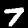
Digit: 7